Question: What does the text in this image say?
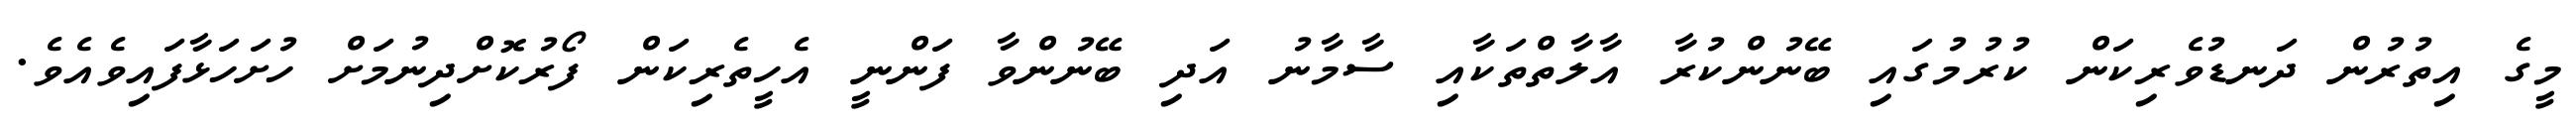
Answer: މީގެ އިތުރުން ދަނޑުވެރިކަން ކުރުމުގައި ބޭނުންކުރާ އާލާތްތަކާއި ސާމާނު އަދި ބޭނުންވާ ފަންނީ އެހީތެރިކަން ފޯރުކޮށްދިނުމަށް ހުށަހަޅާފައިވެއެވެ.